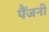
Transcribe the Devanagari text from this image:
पैंजनी